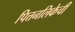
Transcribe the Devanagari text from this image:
पित्तनलिकेची